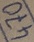
Text: 470